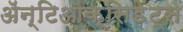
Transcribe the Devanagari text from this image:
ॲन्टिऑक्सिडेंट्स